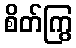
စိတ်ကြွ